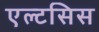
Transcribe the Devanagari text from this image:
एल्टसिस